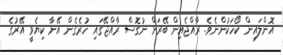
އޮންލައިން ކޯހަކުންނެވެ. ރާއްޖެއިން ބޭރަށް ނުގޮސް ރާއްޖޭގައި ހުރެގެން އޭނާ ކިޔެވީ އޭރުގެ